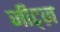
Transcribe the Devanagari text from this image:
जीट्ज़